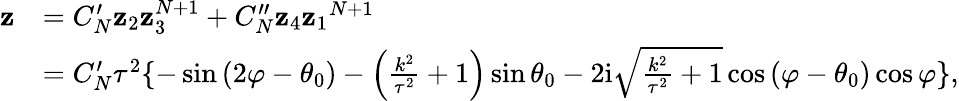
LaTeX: \begin{array}{rl}{\mathbf z}&{=C_{N}^{\prime}\mathbf z_{2}\mathbf z_{3}^{N+1}+C_{N}^{\prime\prime}\mathbf z_{4}{\mathbf z_{1}}^{N+1}}\\ &{=C_{N}^{\prime}\tau^{2}\{ -\sin\left(2\varphi-\theta_{0}\right)-\left(\frac{k^{2}}{\tau^{2}}+1\right)\sin\theta_{0}-2\mathrm{i}\sqrt{\frac{k^{2}}{\tau^{2}}+1}\cos\left(\varphi-\theta_{0}\right)\cos\varphi\} ,}\end{array}